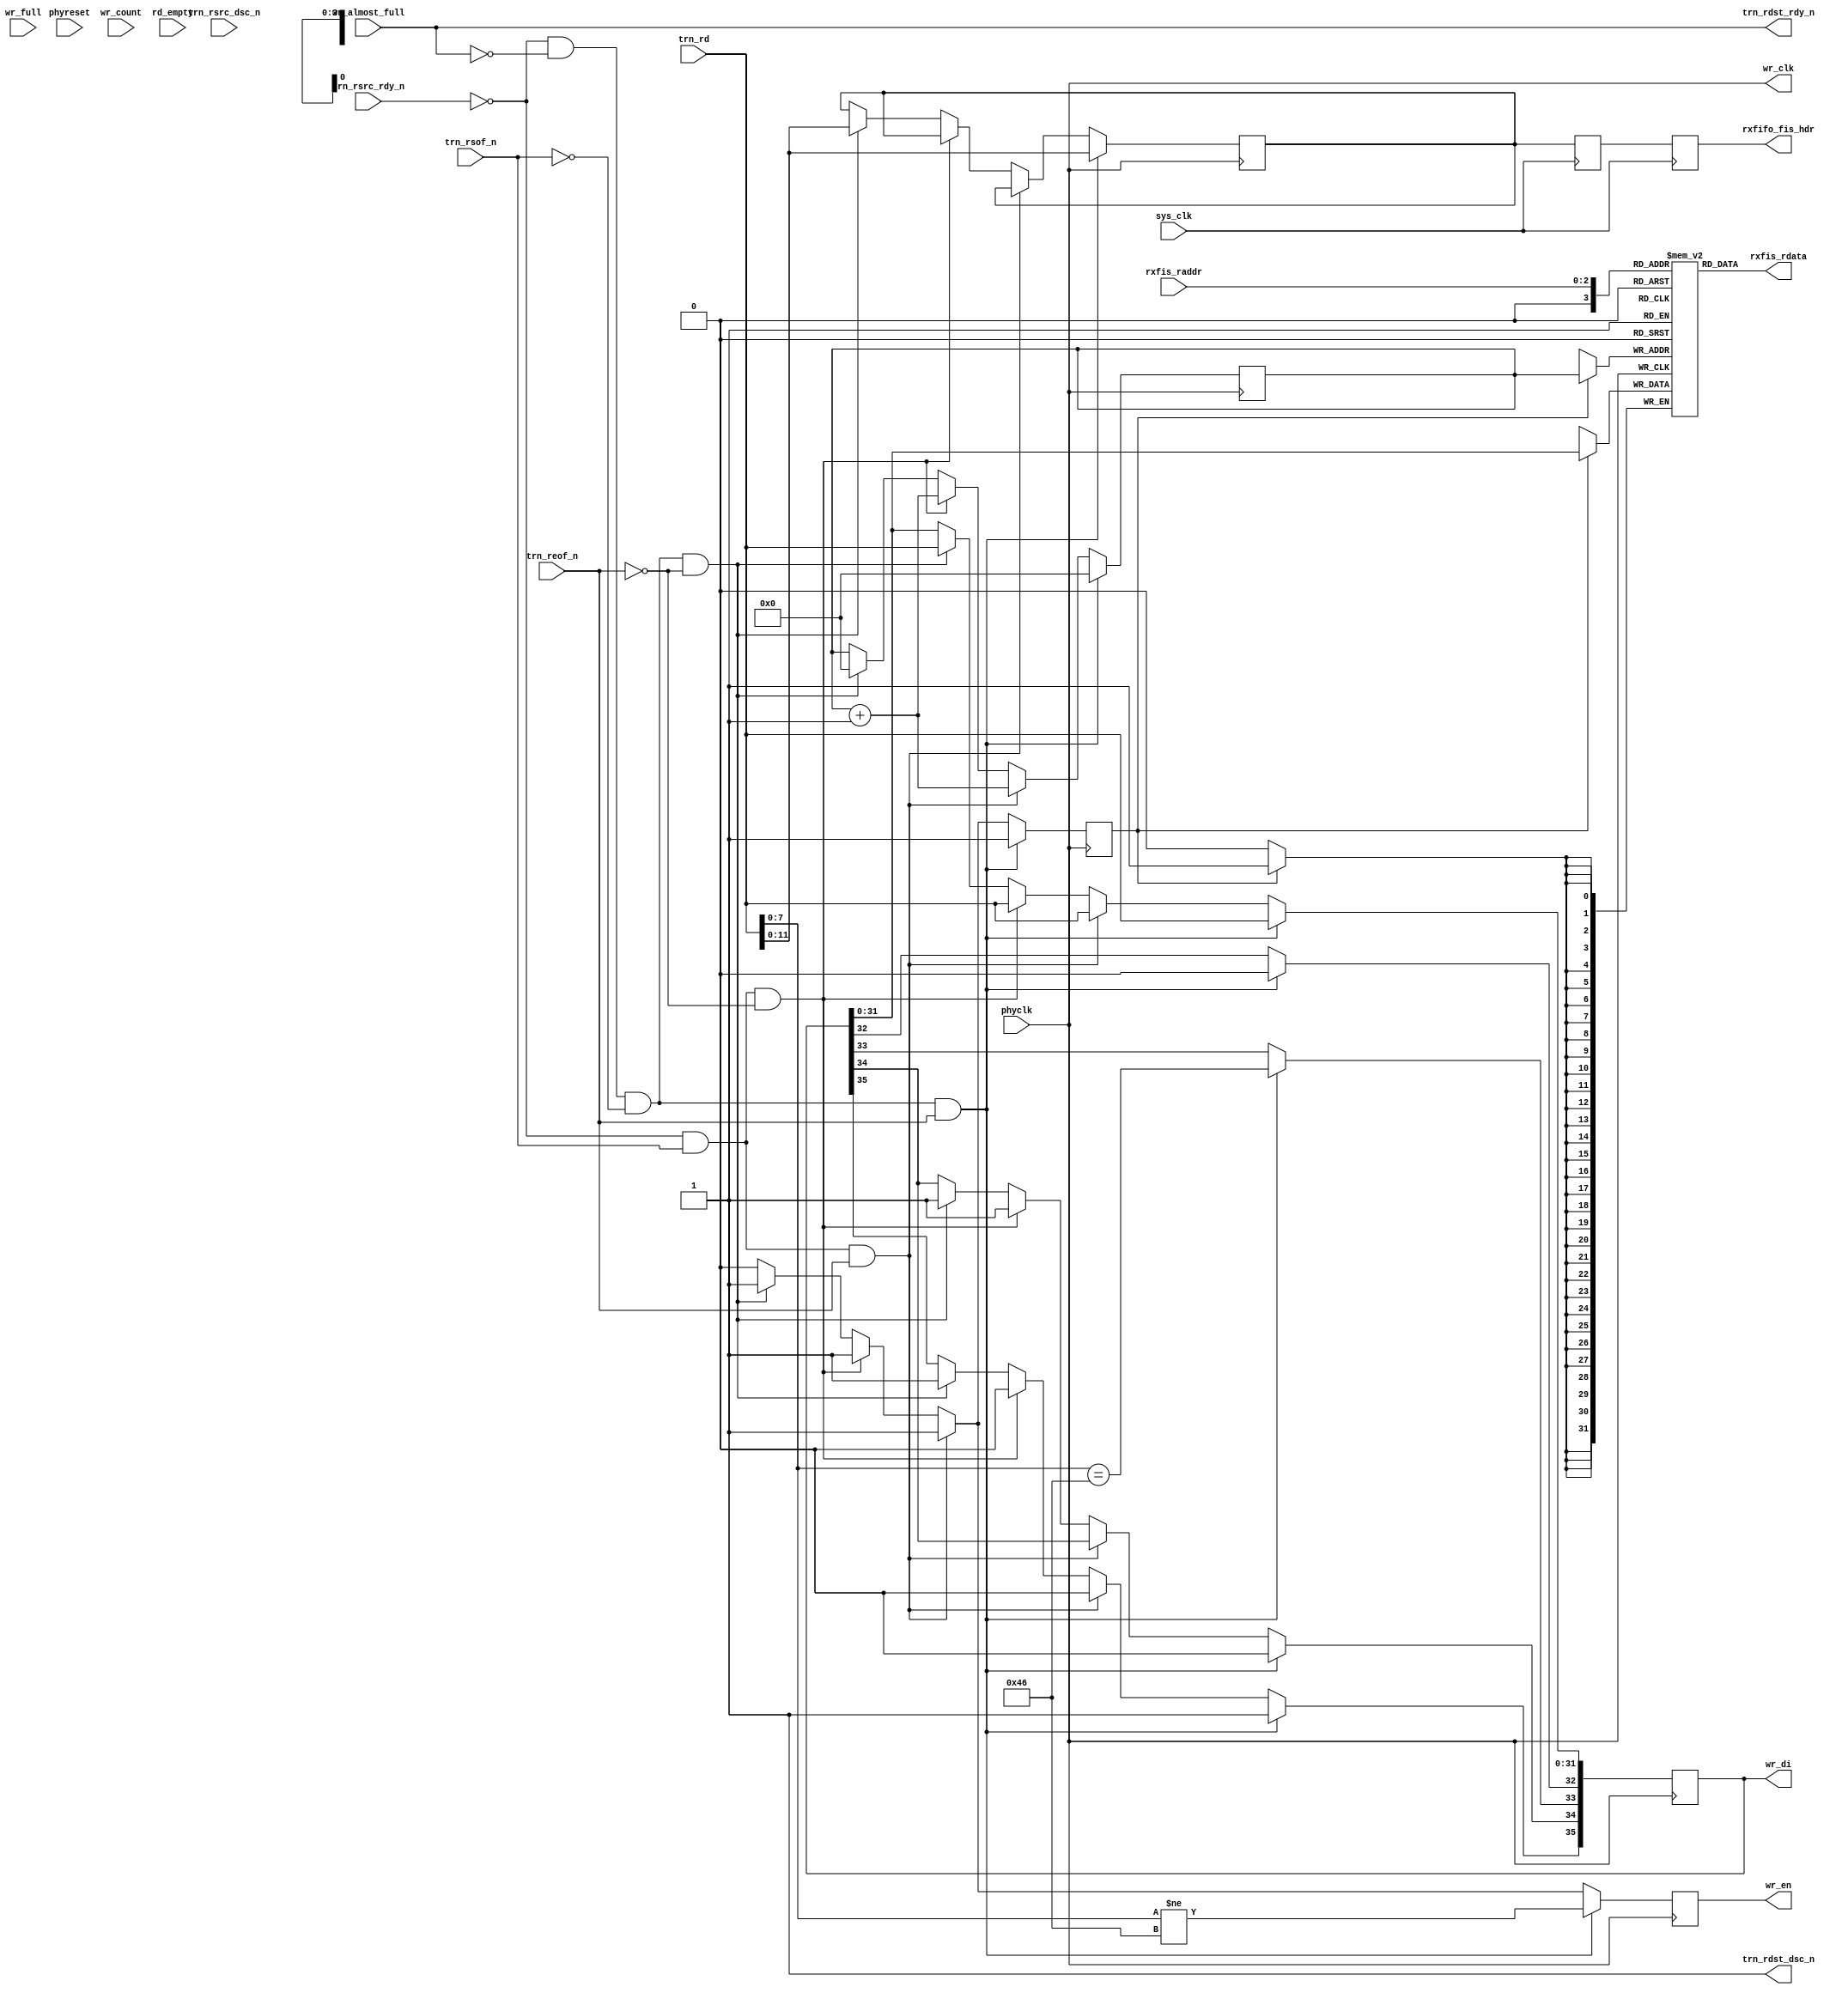
// rxll_ll.v --- 
// 
// Description: 
// Maintainer: 
// Version: 
// Last-Updated: 
//           By: 
//     Update #: 0
// URL: 
// Keywords: 
// Compatibility: 
// 
// 

// Commentary: 
// 
// 
// 
// 

// Change log:
// 
// 
// 

// Copyright (C) 2008,2009 Beijing Soul tech.
// -------------------------------------
// Naming Conventions:
// 	active low signals                 : "*_n"
// 	clock signals                      : "clk", "clk_div#", "clk_#x"
// 	reset signals                      : "rst", "rst_n"
// 	generics                           : "C_*"
// 	user defined types                 : "*_TYPE"
// 	state machine next state           : "*_ns"
// 	state machine current state        : "*_cs"
// 	combinatorial signals              : "*_com"
// 	pipelined or register delay signals: "*_d#"
// 	counter signals                    : "*cnt*"
// 	clock enable signals               : "*_ce"
// 	internal version of output port    : "*_i"
// 	device pins                        : "*_pin"
// 	ports                              : - Names begin with Uppercase
// Code:
module rxll_ll (/*AUTOARG*/
   // Outputs
   wr_di, wr_en, wr_clk, trn_rdst_rdy_n, trn_rdst_dsc_n,
   rxfifo_fis_hdr, rxfis_rdata,
   // Inputs
   phyclk, phyreset, sys_clk, wr_count, wr_full, wr_almost_full,
   rd_empty, trn_rsof_n, trn_reof_n, trn_rd, trn_rsrc_rdy_n,
   trn_rsrc_dsc_n, rxfis_raddr
   );
   input phyclk;
   input phyreset;

   input sys_clk;
   
   output [35:0] wr_di;
   output 	 wr_en;
   output 	 wr_clk;
   input [9:0] 	 wr_count;
   input 	 wr_full;	// unused
   input 	 wr_almost_full;
   input         rd_empty;	// unused

   input         trn_rsof_n;
   input         trn_reof_n;
   input [31:0]  trn_rd;
   input         trn_rsrc_rdy_n;
   output        trn_rdst_rdy_n; // almostfull
   input         trn_rsrc_dsc_n; 
   output        trn_rdst_dsc_n; // unused
   
   output [11:0] rxfifo_fis_hdr;

   output [31:0] rxfis_rdata;
   input [2:0] 	 rxfis_raddr;
   /**********************************************************************/
   /*AUTOREG*/
   // Beginning of automatic regs (for this module's undeclared outputs)
   reg [11:0]		rxfifo_fis_hdr;
   reg [35:0]		wr_di;
   reg			wr_en;
   // End of automatics

   /**********************************************************************/
   reg 			ram_we;
   reg [3:0] 		waddr;
   
   reg [11:0] 		fis_hdr;
   wire [7:0]           fis_type;
   assign fis_type    = trn_rd[7:0];
   always @(posedge wr_clk)
     begin
	if (trn_rsrc_rdy_n == 1'b0 &&
	    trn_rdst_rdy_n == 1'b0 &&
	    trn_rsof_n == 1'b0 &&
	    trn_reof_n == 1'b1)/* SOF */
	  begin
	     fis_hdr           <= #1 trn_rd[11:0];
	     wr_en             <= #1 fis_type != 8'h46;
	     ram_we            <= #1 1'b1;
	     waddr             <= #1 4'h0;
	     wr_di[35]         <= #1 1'b1; /* SOF */
	     wr_di[34]         <= #1 1'b0; /* EOF */
	     wr_di[33]         <= #1 fis_type == 8'h46;
	     wr_di[32]         <= #1 1'b0;
	     wr_di[31:0]       <= #1 trn_rd;
	  end
	else if (trn_rsrc_rdy_n == 1'b0 &&
		 trn_rsof_n == 1'b1 &&
	         trn_reof_n == 1'b1) /* Data */
	  begin
	     ram_we            <= #1 1'b1;
	     waddr             <= #1 waddr + 1'b1;
	     wr_en             <= #1 1'b1;
	     wr_di[35]         <= #1 1'b0;
	     wr_di[31:0]       <= #1 trn_rd;
	  end
	else if (trn_rsrc_rdy_n == 1'b0 &&
		 trn_rsof_n == 1'b1 &&
		 trn_reof_n == 1'b0) /* EOF */
	  begin
	     ram_we            <= #1 1'b1;
	     waddr             <= #1 waddr + 1'b1;
	     wr_en             <= #1 1'b1;
	     wr_di[35]         <= #1 1'b0;
	     wr_di[34]         <= #1 1'b1;
	     wr_di[31:0]       <= #1 trn_rd;
	  end
	else if (trn_rsrc_rdy_n == 1'b0 &&
		 trn_rdst_rdy_n == 1'b0 &&
		 trn_rsof_n == 1'b0 &&
		 trn_reof_n == 1'b0) /* SOF & EOF */
	  begin
	     fis_hdr           <= #1 trn_rd[11:0];
	     ram_we            <= #1 1'b1;
	     waddr             <= #1 4'h0;
	     wr_en             <= #1 1'b1;
	     wr_di[35]         <= #1 1'b1; /* EOF */
	     wr_di[34]         <= #1 1'b1;
	     wr_di[31:0]       <= #1 trn_rd;
	  end
	else
	  begin
	     ram_we            <= #1 1'b0;
	     wr_en             <= #1 1'b0;
	  end // else: !if(link2dma_rx_push && link2dma_rx_sof && link2dma_rx_eof)
     end // always @ (posedge wr_clk)
   assign trn_rdst_dsc_n = 1'b1;
   assign trn_rdst_rdy_n = wr_almost_full;
   assign wr_clk = phyclk;
   
   reg [11:0] fis_hdr_sync;
   always @(posedge sys_clk)
     begin
	fis_hdr_sync   <= #1 fis_hdr;
	rxfifo_fis_hdr <= #1 fis_hdr_sync;
     end

   reg [31:0] ram [0:15];
   wire [31:0] ram_di;
   assign ram_di = wr_di[31:0];
   always @(posedge phyclk)
     begin
	if (ram_we)
	  begin
	     ram[waddr] <= #1 ram_di;
	  end
     end
   assign rxfis_rdata = ram[rxfis_raddr];
endmodule
// 
// rxll_ll.v ends here